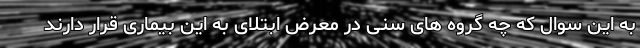
به این سوال که چه گروه های سنی در معرض ابتلای به این بیماری قرار دارند